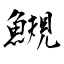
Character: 䲅